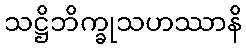
သဋ္ဌိဘိက္ခုသဟဿာနိ